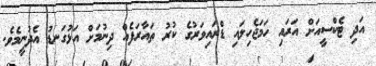
އަދި ޓެކްސީއަށް އަރައި ހަމަޖެހިލައި ޑްރައިވަރުގެ ކުރު ތައާރަފެއް ދިނުމަށް އަޅުގަނޑު އެދުނީމެވެ.